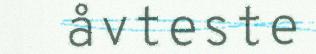
åvteste